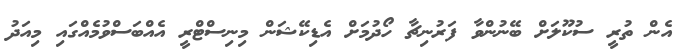
އެން ތުރީ ސުކޫލަށް ބޭނުންވާ ފަރުނިޗާ ހޯދުމަށް އެޑިކޭޝަން މިނިސްޓްރީ އެއްބަސްވުމެއްގައި މިއަދު